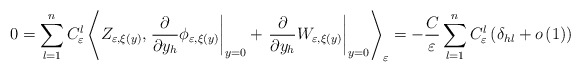
\begin{align*}0=\sum_{l=1}^{n}C_{\varepsilon}^{l}\left\langle Z_{\varepsilon,\xi(y)},\left.\frac{\partial}{\partial y_{h}}\phi_{\varepsilon,\xi(y)}\right\vert_{y=0}+\left. \frac{\partial}{\partial y_{h}}W_{\varepsilon,\xi(y)}\right\vert _{y=0}\right\rangle _{\varepsilon}=-\frac{C}{\varepsilon}\sum_{l=1}^{n}C_{\varepsilon}^{l}\left( \delta_{hl}+o\left( 1\right)\right)\end{align*}